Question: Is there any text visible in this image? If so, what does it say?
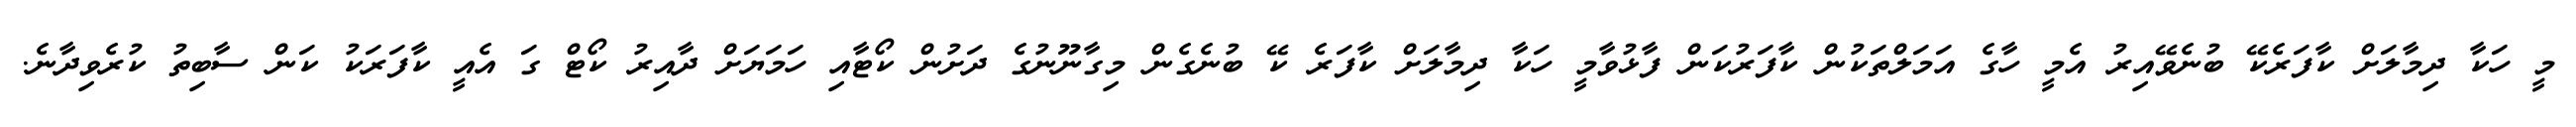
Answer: މީ ހަކާ ދިމާލަށް ކާފަރެކޭ ބުނެވޭއިރު އެމީ ހާގެ އަމަލްތަކުން ކާފަރުކަން ފާޅުވާމީ ހަކާ ދިމާލަށް ކާފަރެ ކޭ ބުނެގެން މިގާނޫނުގެ ދަށުން ކޯޓާއި ހަމަޔަށް ދާއިރު ކޯޓް ގަ އެއީ ކާފަރަކު ކަން ސާބިތު ކުރެވިދާނެ.